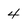
Character: 4